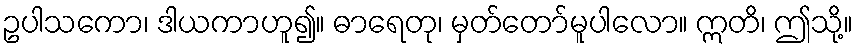
ဥပါသကော၊ ဒါယကာဟူ၍။ ဓာရေတု၊ မှတ်တော်မူပါလော။ ဣတိ၊ ဤသို့။